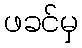
ဖခင်မှ